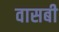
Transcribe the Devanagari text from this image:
वासबी